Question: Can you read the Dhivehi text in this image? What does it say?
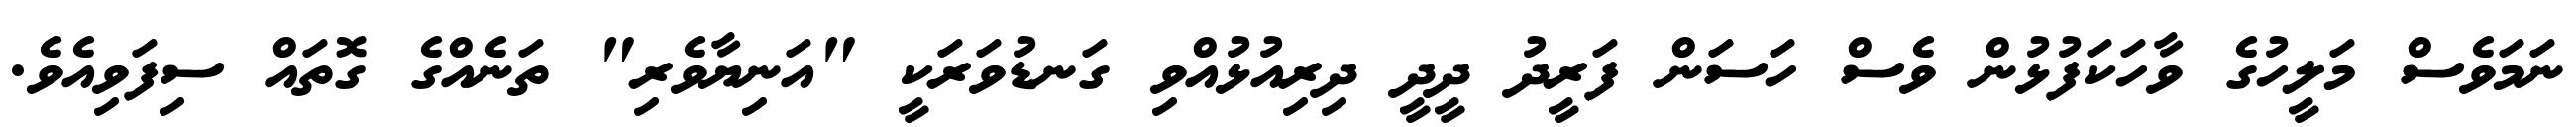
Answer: ނަމަވެސް މަލީހުގެ ވާހަކަފުޅުން ވެސް ހަސަން ފަރީދު ދީދީ ދިރިއުޅުއްވި ގަނޑުވަރަކީ "އަނިޔާވެރި" ތަނެއްގެ ގޮތައް ސިފަވިއެވެ.